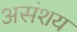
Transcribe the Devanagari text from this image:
असंशय